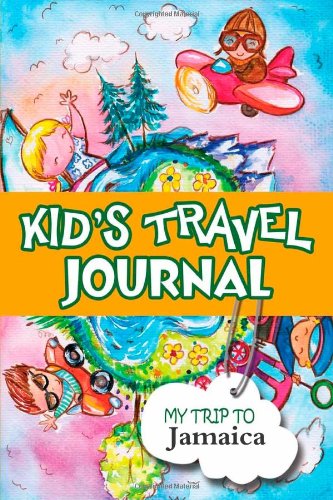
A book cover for Kids travel journal: my trip to jamaica; Bluebird Books; Travel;